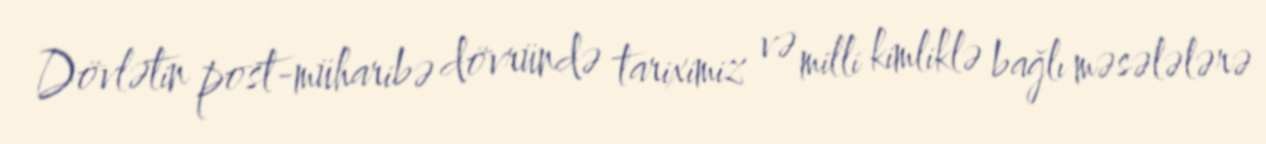
Dövlətin post-müharibə dövründə tariximiz və milli kimliklə bağlı məsələlərə